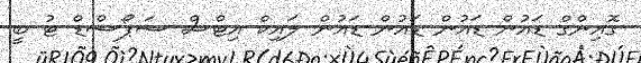
ގޮއިންގް ޑައުން ޑައުން ޑައުން ޑައުން ލައިކް އިޓްސް ސަޕޯސްޑް ޓު ބީ